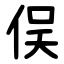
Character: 俣